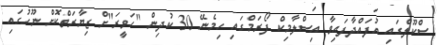
ސްކޫލްގައި އުފައްދާފައިވާ އިސްލާމިކް ފޯރަމްގައި ހިމެނޭ 30 ކުދިން "ހަވީރަ"ށް ޒިޔާރަތްކޮށް ނޫހުގައި